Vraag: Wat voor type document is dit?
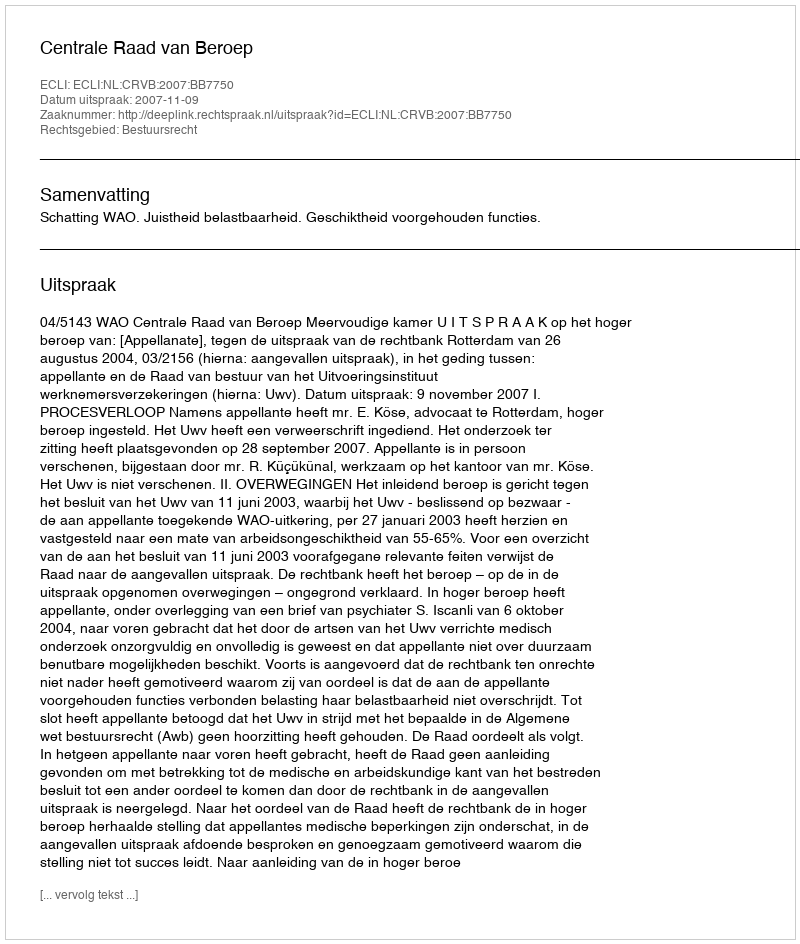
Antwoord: Uitspraak